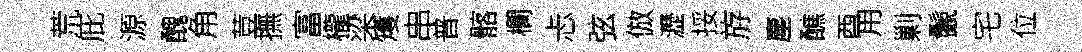
荒庇源醜角荳撫富櫳梁矱串普髂欄忐弦倣瀝挼斿塵醮酉用剿鬛宅位